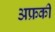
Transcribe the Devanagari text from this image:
अफ्रकी